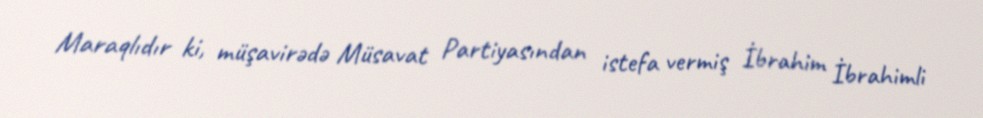
Maraqlıdır ki, müşavirədə Müsavat Partiyasından istefa vermiş İbrahim İbrahimli